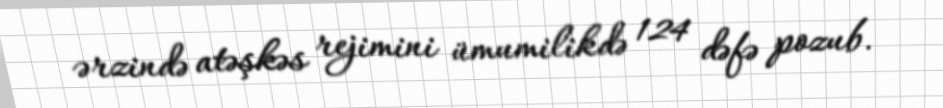
ərzində atəşkəs rejimini ümumilikdə 124 dəfə pozub.